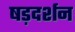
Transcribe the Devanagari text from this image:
षड़दर्शन